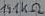
Text: 131KΩ